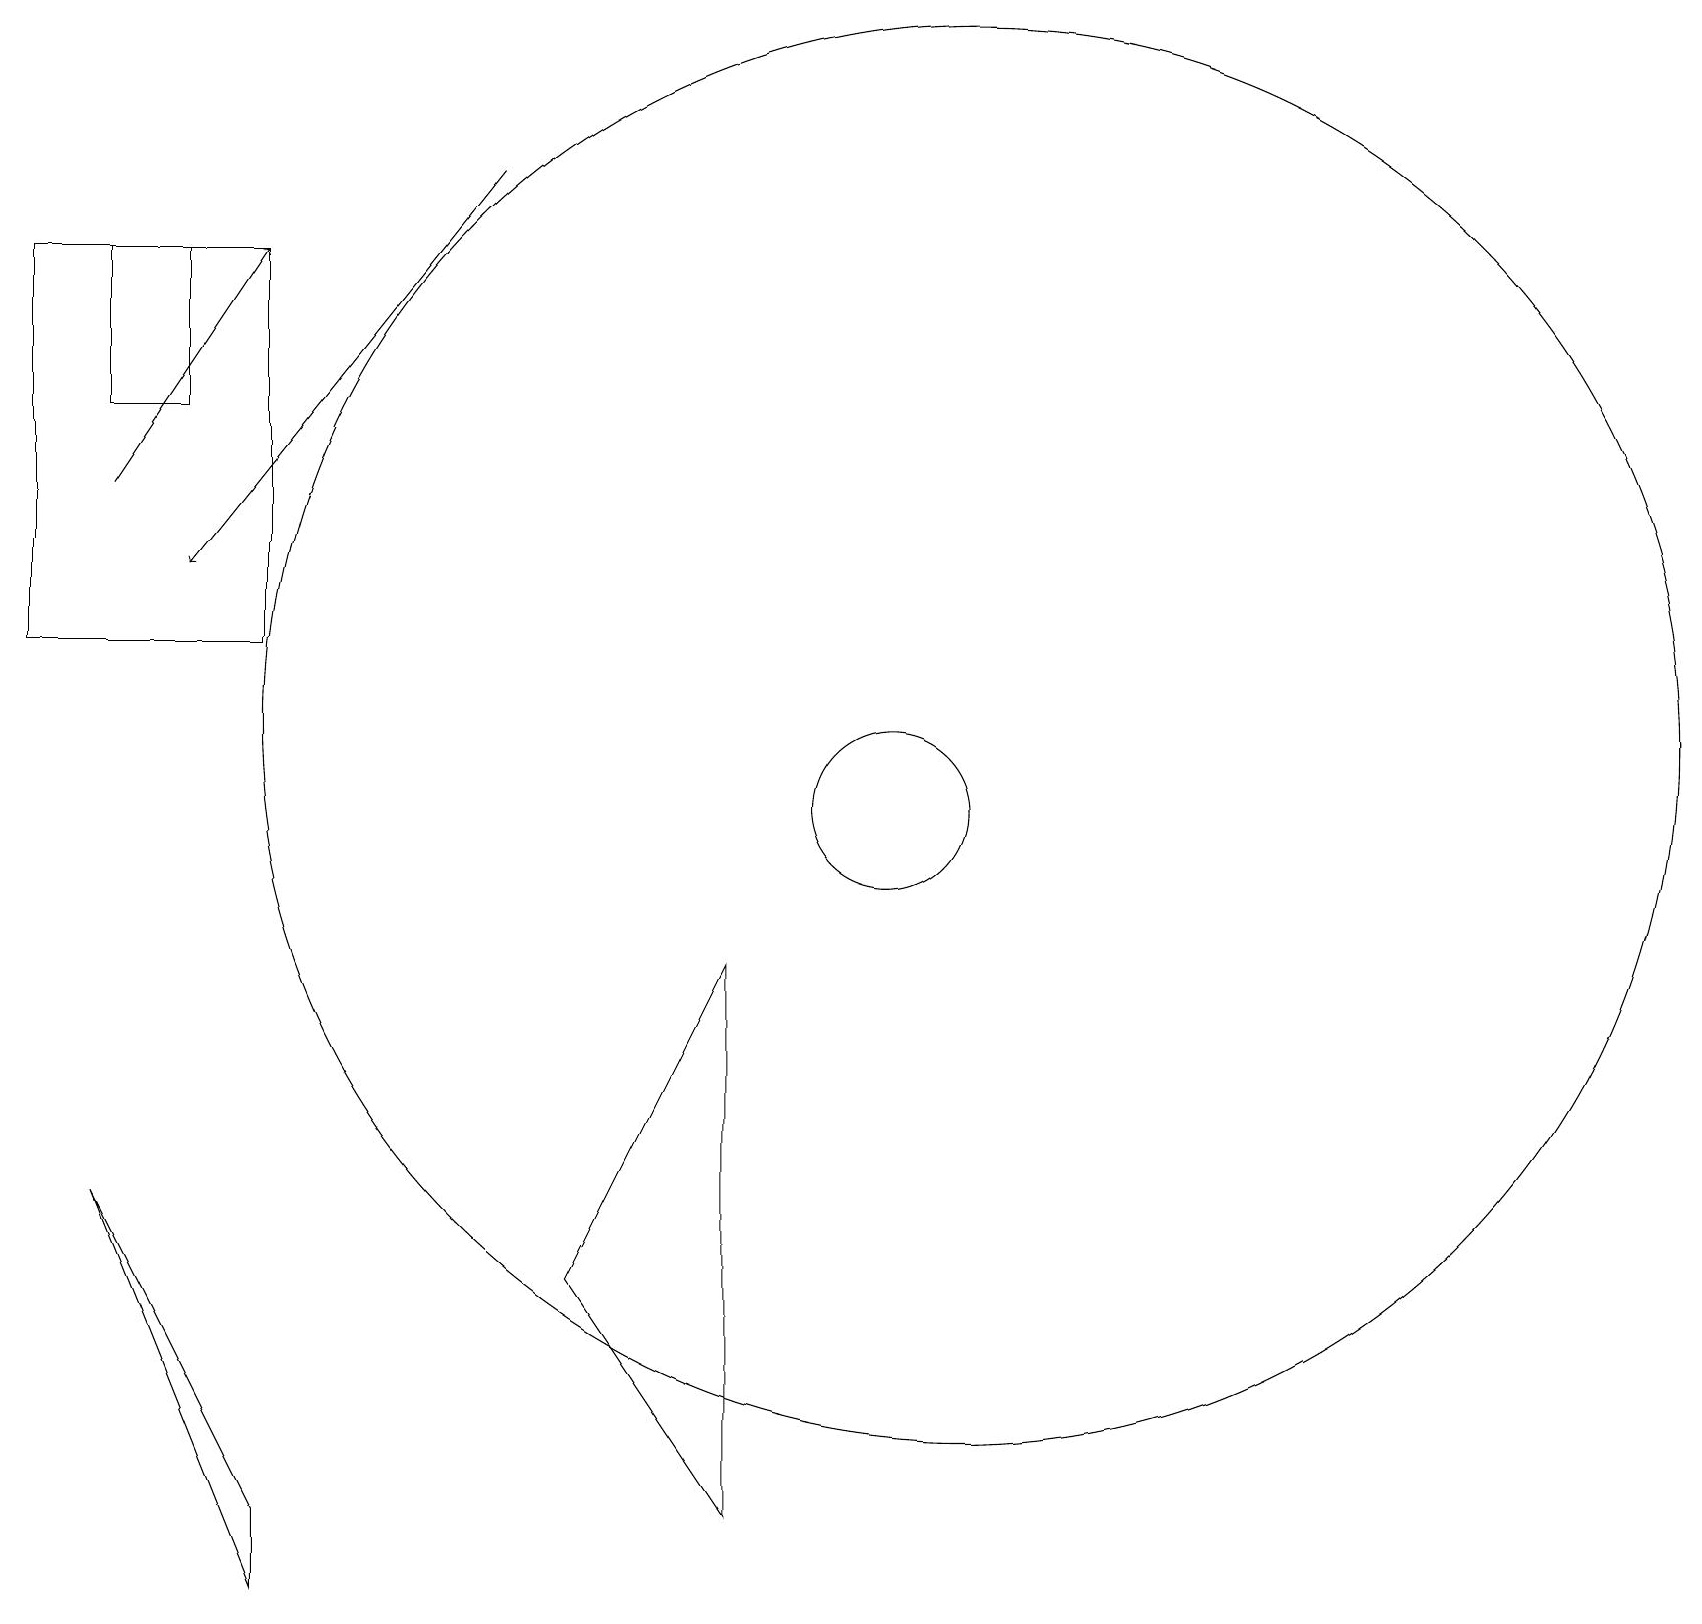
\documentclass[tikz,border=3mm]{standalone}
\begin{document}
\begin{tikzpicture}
\draw[->] (6,18) -- (2,13);
\draw[->] (1,14) -- (3,17);
\draw (3,17) rectangle (0,12);
\draw (11,10) circle (1);
\draw (3,0) -- (3,1) -- (1,5) -- cycle;
\draw (1,15) rectangle (2,17);
\draw (7,4) -- (9,8) -- (9,1) -- cycle;
\draw (12,11) circle (9);
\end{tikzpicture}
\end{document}